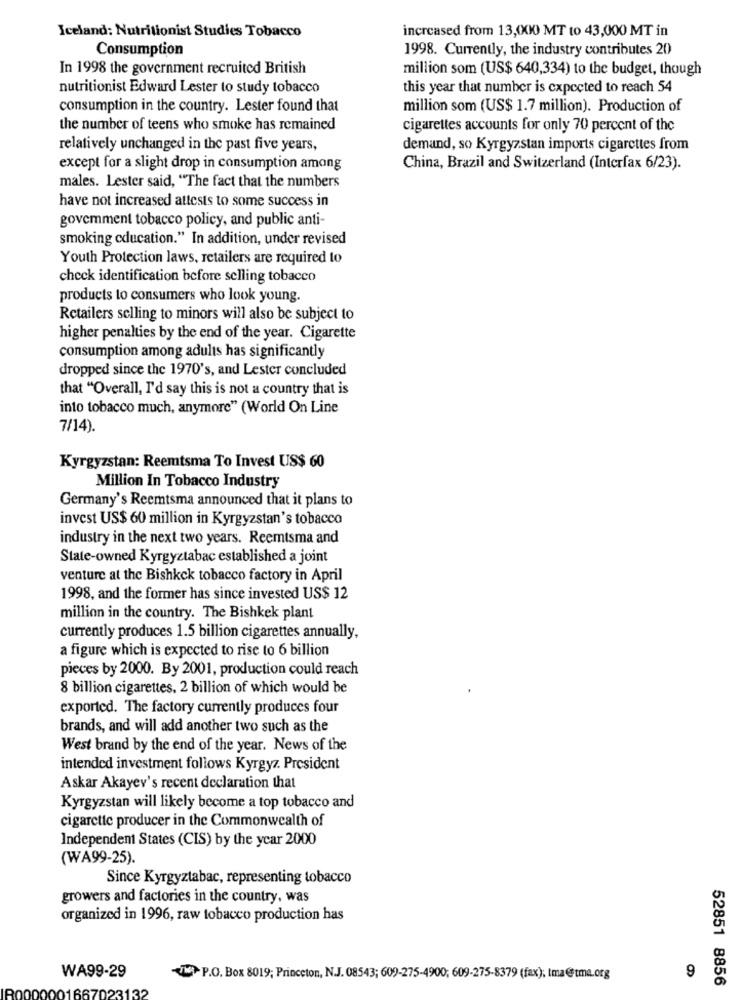
Iceland: Nutritionist Studies Tobacco
increased from 13,(XI) MT to 43,000 MT in
Consumption
1998. Currently, the industry contributes 20
In 1998 the government recruited British
million som (US$ 640,334) to the budget, though
nutritionist Edward Lester to study tobacco
this year that number is expected to reach 54
consumption in the country. Lester found that
million som (US$ 1.7 million). Production of
the number of teens who smoke has remained
cigarettes accounts for only 70 percent of the
relatively unchanged in the past five years,
demand, so Kyrgyzstan imports cigarettes from
except for a slight drop in consumption among
China, Brazil and Switzerland (Interfax 6/23).
males. Lester said, "The fact that the numbers
have not increased attests to some success in
govemment tobacco policy, and public anti-
smoking education." In addition, under revised
Youth Protection laws, retailers are required to
check identification before selling tobacco
products to consumers who look young.
Retailers selling to minors will also be subject to
higher penalties by the end of the year. Cigarette
consumption among adults has significantly
dropped since the 1970's, and Lester concluded
that "Overall, I'd say this is not a country that is
into tobacco much, anymore" (World On Line
7/14).
Kyrgyzstan: Reemtsma To Invest US$ 60
Million In Tobacco Industry
Germany's Reemtsma announced that it plans to
invest US$ 60 million in Kyrgyzstan's tobacco
industry in the next two years. Reemtsma and
State-owned Kyrgyztabac established a joint
venture at the Bishkek tobacco factory in April
1998, and the former has since invested US$ 12
million in the country. The Bishkek plant
currently produces 1.5 billion cigarettes annually,
a figure which is expected to rise to 6 billion
pieces by 2000. By 2001, production could reach
8 billion cigarettes, 2 billion of which would be
exported. The factory currently produces four
brands, and will add another two such as the
West brand by the end of the year. News of the
intended investment follows Kyrgyz. President
Askar Akayev's recent declaration that
Kyrgyzstan will likely become a top tobacco and
cigarette producer in the Commonwealth of
Independent States (CIS) by the year 2000
(WA99-25).
Since Kyrgyztabac, representing tobacco
growers and factories in the country, was
organized in 1996, raw tobacco production has
9
WA99-29
P.O. Box 8019; Princeton, N.J. 08543; 609-275-4900; 609-275-8379 (fax); tma@tma.org
52851 8856
66702313